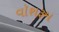
વૉશરૂમ